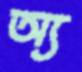
অ্য